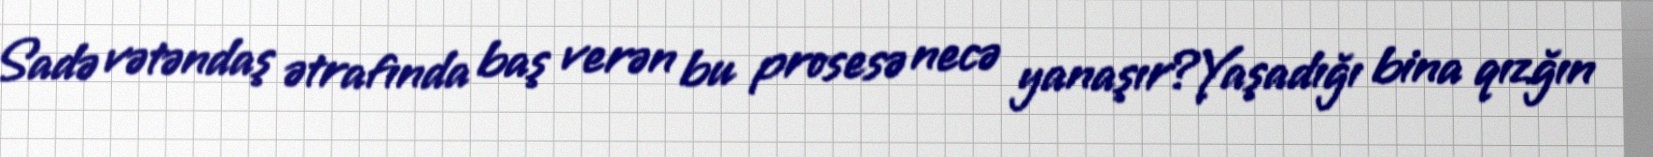
Sadə vətəndaş ətrafında baş verən bu prosesə necə yanaşır?Yaşadığı bina qızğın